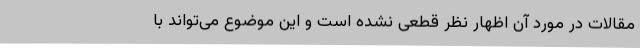
مقالات در مورد آن اظهار نظر قطعی نشده است و این موضوع می‌تواند با